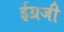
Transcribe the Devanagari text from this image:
ईग्रजी